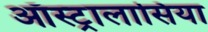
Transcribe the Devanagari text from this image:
ऑस्ट्रालासिया